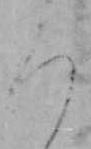
ろ